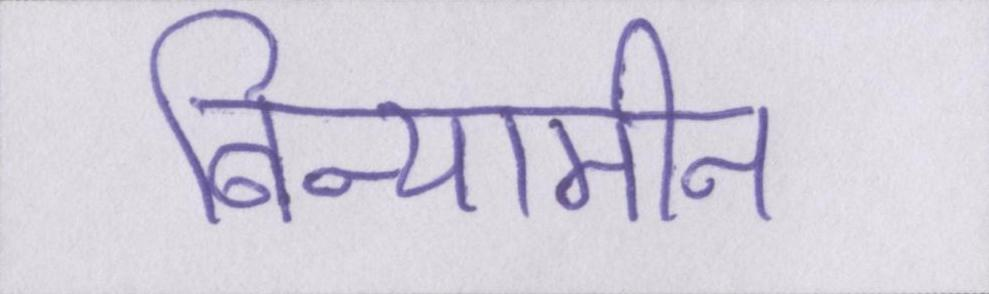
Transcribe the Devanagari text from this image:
बिन्यामीन